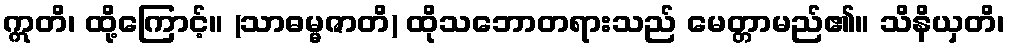
ဣတိ၊ ထို့ကြောင့်။ (သာဓမ္မဇာတိ) ထိုသဘောတရားသည် မေတ္တာမည်၏။ သိနိယှတိ၊